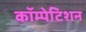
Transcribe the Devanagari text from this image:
कॉम्पेटिशन